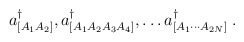
\begin{align*}a^\dagger_{[A_1 A_2]}, a^\dagger_{[A_1 A_2 A_3 A_4]}, \dots a^\dagger_{[A_1 \cdots A_{2N}]} \; .\end{align*}